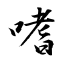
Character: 嗜